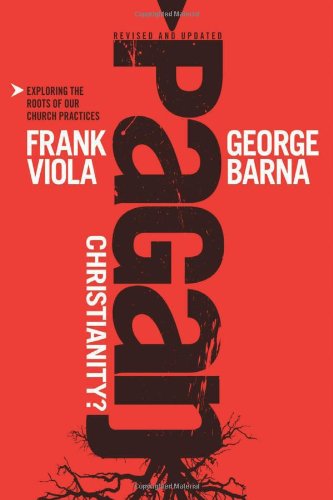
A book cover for Pagan Christianity?: Exploring the Roots of Our Church Practices; Frank Viola; Christian Books & Bibles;